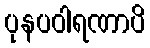
ပုနပဝါရဏာပိ